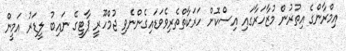
އިމްރާންގެ އިތުރުން މުޒާހަރާގައި އިސްކޮށް ހަރަކާތްތެރިވެވަޑައިގެންނެވި ޖުމްހޫރީ ޕާޓީގެ ނައިބު ލީޑަރު އަމީން